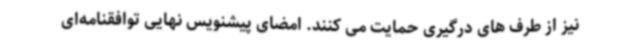
نیز از طرف های درگیری حمایت می کنند. امضای پیشنویس نهایی توافقنامه‌ای